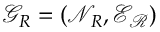
\mathcal { G } _ { R } = ( \mathcal { N } _ { R } , \mathcal { E _ { R } } )